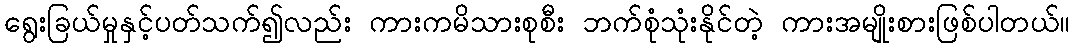
ရွေးခြယ်မှုနှင့်ပတ်သက်၍လည်း ကားကမိသားစုစီး ဘက်စုံသုံးနိုင်တဲ့ ကားအမျိုးစားဖြစ်ပါတယ်။